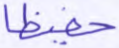
حفيظا